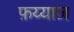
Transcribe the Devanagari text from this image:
फ़य्याज़